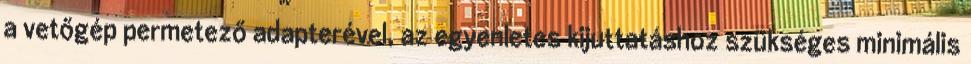
a vetőgép permetező adapterével, az egyenletes kijuttatáshoz szükséges minimális